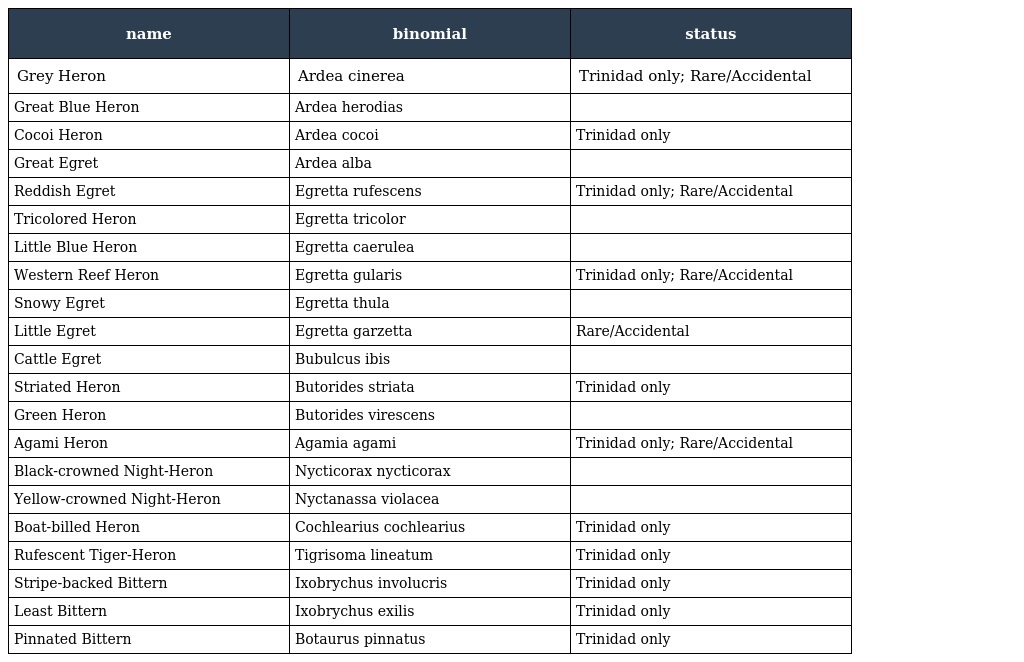
| name | binomial | status |
 | --- | --- | --- |
 | Grey Heron | Ardea cinerea | Trinidad only; Rare/Accidental |
 | Great Blue Heron | Ardea herodias |  |
 | Cocoi Heron | Ardea cocoi | Trinidad only |
 | Great Egret | Ardea alba |  |
 | Reddish Egret | Egretta rufescens | Trinidad only; Rare/Accidental |
 | Tricolored Heron | Egretta tricolor |  |
 | Little Blue Heron | Egretta caerulea |  |
 | Western Reef Heron | Egretta gularis | Trinidad only; Rare/Accidental |
 | Snowy Egret | Egretta thula |  |
 | Little Egret | Egretta garzetta | Rare/Accidental |
 | Cattle Egret | Bubulcus ibis |  |
 | Striated Heron | Butorides striata | Trinidad only |
 | Green Heron | Butorides virescens |  |
 | Agami Heron | Agamia agami | Trinidad only; Rare/Accidental |
 | Black-crowned Night-Heron | Nycticorax nycticorax |  |
 | Yellow-crowned Night-Heron | Nyctanassa violacea |  |
 | Boat-billed Heron | Cochlearius cochlearius | Trinidad only |
 | Rufescent Tiger-Heron | Tigrisoma lineatum | Trinidad only |
 | Stripe-backed Bittern | Ixobrychus involucris | Trinidad only |
 | Least Bittern | Ixobrychus exilis | Trinidad only |
 | Pinnated Bittern | Botaurus pinnatus | Trinidad only |